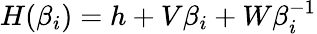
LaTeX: H(\beta_{i})=h+V\beta_{i}+W\beta_{i}^{-1}